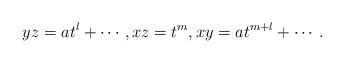
LaTeX: \begin{align*}yz= at^l + \cdots,xz= t^m,xy= at^{m+l} + \cdots.\end{align*}